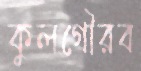
কুলগৌরব